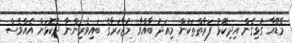
މޭޑޭއާ ގުޅިގެން އިދިކޮޅު ފަރާތްތަކުން މިއަދު ބާއްވާ މުޒާހަރާގެ ބައިވެރިންނާ ދެކޮޅަށް އެއްވެސް